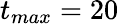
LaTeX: t_{max}=20